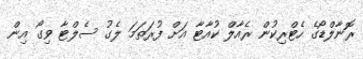
ރޮނާލްޑޯގެ ހެޓްރިކުން ރެއާލް ކުއާޓާ އަށް ފުރަތަމަ ލެގު ސެލްޓާ ވިގޯ އިން